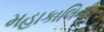
મહાકાલિની